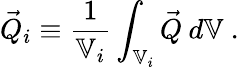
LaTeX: \vec{Q}_{i}\equiv\frac{1}{\mathbb{V}_{i}}\int_{\mathbb{V}_{i}}\vec{Q}\: d\mathbb{V}\mathrm{~.~}